Annual administration report of the Civil Veterinary Department of India - 1897-1898
Year: 1897
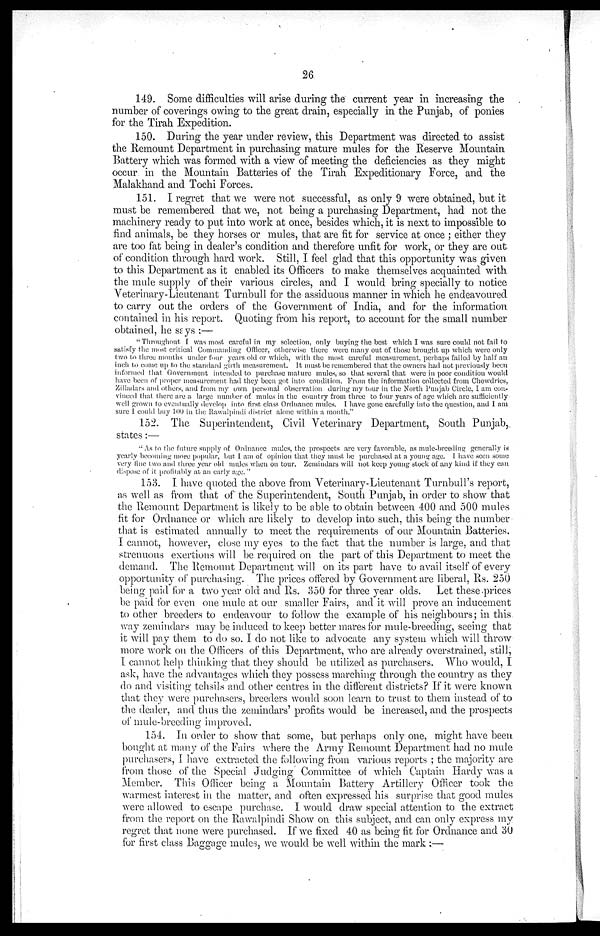
26
149. Some difficulties will arise during the current year in increasing the
number of coverings owing to the great drain, especially in the Punjab, of ponies
for the Tirah Expedition.
150. During the year under review, this Department was directed to assist
the Remount Department in purchasing mature mules for the Reserve Mountain
Battery which was formed with a view of meeting the deficiencies as they might
occur in the Mountain Batteries of the Tirah Expeditionary Force, and the
Malakhand and Tochi Forces.
151. I regret that we were not successful, as only 9 were obtained, but it
must be remembered that we, not being a purchasing Department, had not the
machinery ready to put into work at once, besides which, it is next to impossible to
find animals, be they horses or mules, that are fit for service at once ; either they
are too fat being in dealer's condition and therefore unfit for work, or they are out
of condition through hard work. Still, I feel glad that this opportunity was given
to this Department as it enabled its Officers to make themselves acquainted with
the mule supply of their various circles, and I would bring specially to notice
Veterinary-Lieutenant Turnbull for the assiduous manner in which he endeavoured
to carry out the orders of the Government of India, and for the information
contained in his report. Quoting from his report, to account for the small number
obtained, he says :—
" Throughout I was most careful in my selection, only buying the best which I was sure could not fail to
satisfy the most critical Commanding Officer, otherwise there were many out of those brought up which were only
two to three months under four years old or which, with the most careful measurement, perhaps failed by half an
inch to come up to the standard girth measurement. It must be remembered that the owners had not previously been
informed that Government intended to purchase mature mules, so that several that were in poor condition would
have been of proper measurement had they been got into condition. From the information collected from Chowdries,
Zilladars and others, and from my own personal observation during my tour in the North Punjab Circle, I am con-
vinced that there are a large number of mules in the country from three to four years of age which are sufficiently
well grown to eventually develop into first class Ordnance mules. I have gone carefully into the question, and I am
sure I could buy 100 in the Rawalpindi district alone within a month."
152. The Superintendent, Civil Veterinary Department, South Punjab,
states:—
" As to the future supply of Ordnance mules, the prospects are very favorable, as mule-breeding generally is
yearly becoming more popular, but. I am of opinion that they must be purchased at a young age. I have seen some
very fine two and three year old mules when on tour. Zemindars will not keep young stock of any kind if they can
dispose of it profitably at an early age. "
153. I have quoted the above from Veterinary-Lieutenant Turnbull's report,
as well as from that of the Superintendent, South Punjab, in order to show that
the Remount Department is likely to be able to obtain between 400 and 500 mules
fit for Ordnance or which are likely to develop into such, this being the number
that is estimated annually to meet the requirements of our Mountain Batteries.
I cannot, however, close my eyes to the fact that the number is large, and that
strenuous exertions will be required on the part of this Department to meet the
demand. The Remount Department will on its part have to avail itself of every
opportunity of purchasing. The prices offered by Government are liberal, Rs. 250
being paid for a two year old and Rs. 350 for three year olds. Let these-prices
be paid for even one mule at our smaller Fairs, and it will prove an inducement
to other breeders to endeavour to follow the example of his neighbours; in this
way zemindars may be induced to keep better mares for mule-breeding, seeing that
it will pay them to do so. I do not like to advocate any system which will throw
more work on the Officers of this Department, who are already overstrained, still,
I cannot help thinking that they should be utilized as purchasers. Who would, I
ask, have the advantages which they possess marching through the country as they
do and visiting tehsils and other centres in the different districts? If it were known
that they were purchasers, breeders would soon learn to trust to them instead of to
the dealer, and thus the zemindars' profits would be increased, and the prospects
of mule-breeding improved.
154. In order to show that some, but perhaps only one, might have been
bought at many of the Fairs where the Army Remount Department had no mule
purchasers, I have extracted the following from various reports ; the majority are
from those of the Special Judging Committee of which Captain Hardy was a
Member. This Officer being a Mountain Battery Artillery Officer took the
warmest interest in the matter, and often expressed his surprise that good mules
were allowed to escape purchase. I would draw special attention to the extract
from the report on the Rawalpindi Show on this subject, and can only express my
regret that none were purchased. If we fixed 40 as being fit for Ordnance and 30
for first class Baggage mules, we would be well within the mark :—